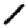
Digit: 1